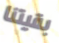
بقيتنا